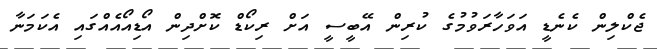
ޖެކްލިން ކެނެޑީ އަވަހާރަވުމުގެ ކުރިން އޭބީސީ އަށް ރިކޯޑް ކޮށްދިން އޯޑިއޯއެއްގައި އެކަމަނާ